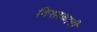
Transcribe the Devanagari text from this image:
दिशाकारी